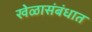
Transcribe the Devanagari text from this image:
खेळासंबंधात